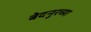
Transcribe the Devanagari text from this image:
बेदनुरच्या